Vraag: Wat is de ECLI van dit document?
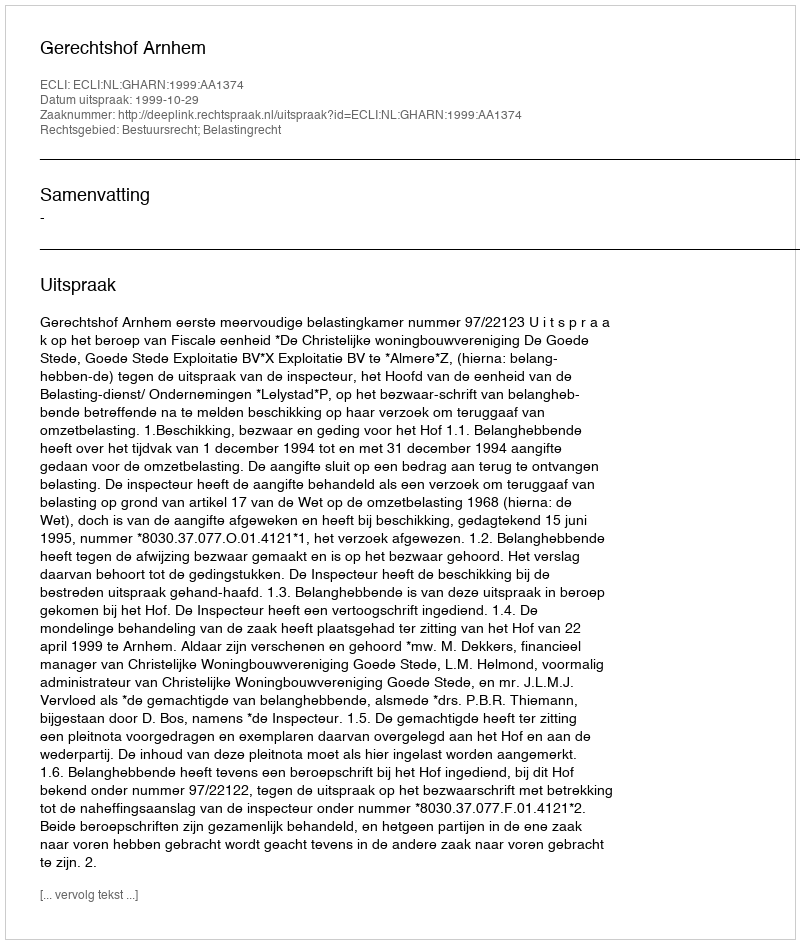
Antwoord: ECLI:NL:GHARN:1999:AA1374